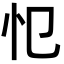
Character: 𢖭